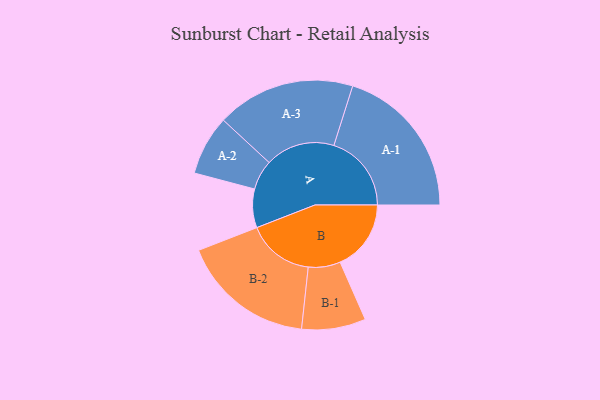
{"axis": {"x": "Segment", "y": "Value"}, "legend": ["", "A", "B"], "data": [{"x": "A", "y": 146, "type": ""}, {"x": "B", "y": 268, "type": ""}, {"x": "A-1", "y": 293, "type": "A"}, {"x": "A-2", "y": 113, "type": "A"}, {"x": "A-3", "y": 262, "type": "A"}, {"x": "B-1", "y": 121, "type": "B"}, {"x": "B-2", "y": 253, "type": "B"}]}